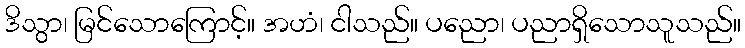
ဒိသွာ၊ မြင်သောကြောင့်။ အဟံ၊ ငါသည်။ ပညော၊ ပညာရှိသောသူသည်။